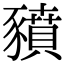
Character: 豶